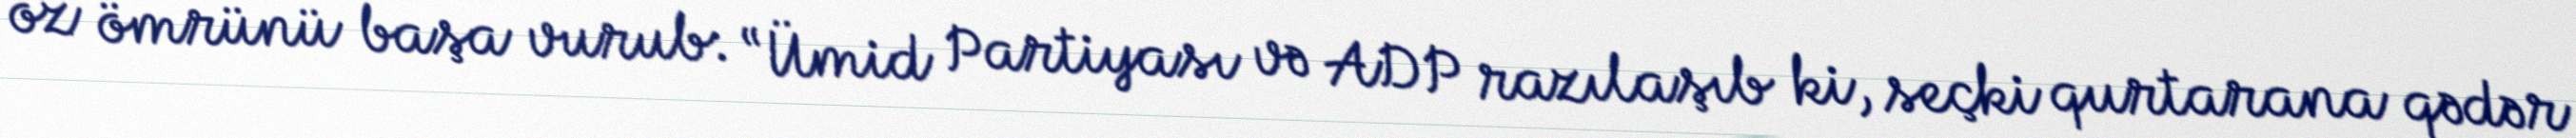
öz ömrünü başa vurub: “Ümid Partiyası və ADP razılaşıb ki, seçki qurtarana qədər